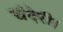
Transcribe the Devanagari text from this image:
चंदेरी।